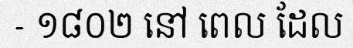
- ១៨០២ នៅ ពេល ដែល